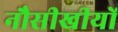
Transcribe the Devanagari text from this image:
नौसीखीयों